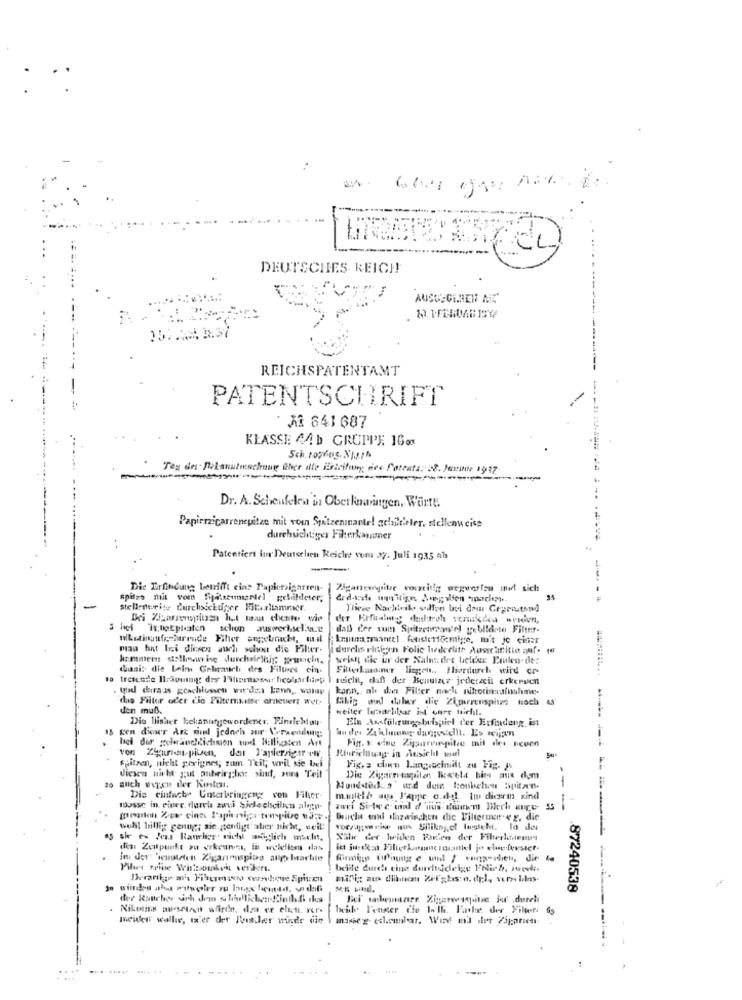
DEUTSCHES REICH!
AUSGEGEBEN AL"
REICHSPATENTAMT
PATENTSCHRIFT
AL 641 687
KLASSE 44b GRUPPE 1663
Tag de . Delanuteschnug Cher die Ertrifuny des Potenta: z ?. Perune 1917
-
Dr. A. Scheufelew in Oberknaringen, Württ.
Papierzigarrenspitze mit vou Spalzeninartel achildeler, stellenweise
durchsichtiger Filterkammer
Patentiert fur Deutschen Reiche vom 27. Juli 1935 als
Dic Erfindung betrifft cins Papierzigarren-
Piganempitre vorzeitig wegwerfen ind sich
spitze mit vom Spatzenmandel gebildeter,
-
stellenweise durchsickuger litritamracr.
S het TohoEpicaton schon auswertschwe
dab der tuin Spitzetreandel gebildete Filter-
maa hat lei diesen auch schon die Filter-
durchs einigen Folic liderlite Ausschnitin anf. ta
kammern stellenweise durchsichtig; prachn.
well die ur der Nalesder helder Prulen-de:
dani: die Loin Gelemuch drs Filties ein.
Filterkanner liggen .. thordurch wird cr-
reicht, daf der Benutzer jederzeit erkeeven
kann, ab das Filter nach nitrotincafishme-
das Filter oder cie Filterbitte arnetiert wer.
Glig ood duler die Zigarrenspitze noch es
den muß.
weiter bpaarlitar int carr nicht.
Die llisher bekanntgewordener. Finsichtuy
Eln Asführung beispiel der Erfindeng, ist
15 gen dieser Art sul jedoch zur Versendung:
hel dur gelerineldichsion und Billigsten Art
Fig. s eine Zigarrenpite mil des neuen
Riorichtung in Ansicht sel
von Zyaus-piuen, dont l'apiersigar www.
spitzen, nicht gevignes, zum Teil; wril sie bel
Fig, a chan Langsucimilt zu Fig. 2.
20 auch wegen der kosten.
diesen nicht gut anbringchos sint, zone Teil
Mundstadko' ard dure tonkchen Sipitan.
-
Die einfache Unterbringeng son Filser-
mantel& aus l'appe o.dol Im dicerin sind
tousse in einer durch zuvi Sielechicilin aletn.
awri Si-tec und d'ius duinwm Bech are 55
-
Bach end inzwischen dic Filtermeer « g. die
well billig genug; sie. enligt aber nicht, weil:
as sie es Jeus Rauchist nicht auglich macht.
Nie der Weiden Farten der Filterlosemy
dia Zonpunkt ou vrkeuns, in welettes las
in der" "ienuteten Zigarinospits anp brachte
finigp UPhung e und / cunaseden, die
Plus telje Whtoudeh verdens.
beille durch eine durchsideige Polich, wwk.
milig aus diinom Zilgbs: o. del, vern ihns.
.87240538
Niketing ausrtact wfind. den er eliti. vor.
beidk P'enster cie Well. Finke der Filter: 65
meiden wallis, er der Risler wurde die
... ......